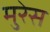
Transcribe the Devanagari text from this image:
मुरेस